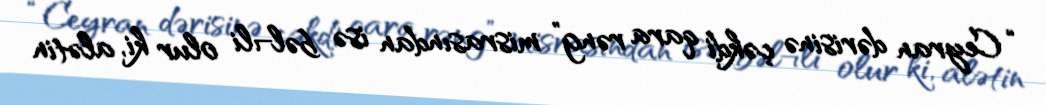
“Ceyran dərisinə çəkdi qara rəng” misrasından isə bəl¬li olur ki, alətin